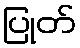
ပြုတ်